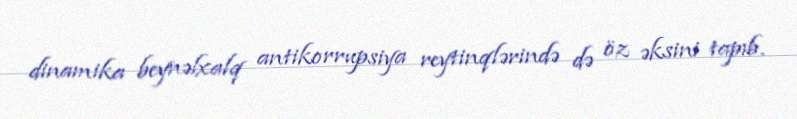
dinamika beynəlxalq antikorrupsiya reytinqlərində də öz əksini tapıb.